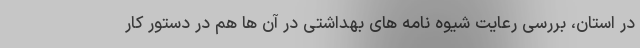
در استان، بررسی رعایت شیوه نامه های بهداشتی در آن ها هم در دستور کار